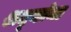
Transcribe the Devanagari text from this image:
श्रद्घांना